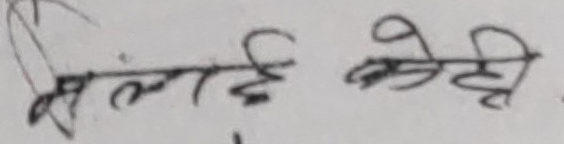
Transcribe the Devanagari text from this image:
सरुवाई बढी